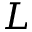
L